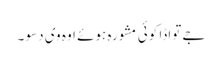
جے تواڈا کوئی مشورہ ہوئے اوہ وی دسو ۔